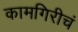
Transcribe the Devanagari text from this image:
कामगिरीचं